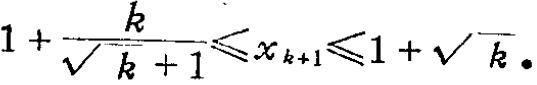
\(1 + \frac{k}{\sqrt{k + 1}}\leqslant x_{k + 1}\leqslant 1 + \sqrt{k}\)